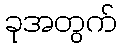
ခုအတွက်